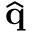
\widehat { \mathbf { q } }